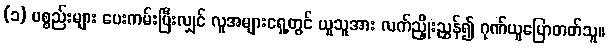
(၁) ပစ္စည်းများ ပေးကမ်းပြီးလျှင် လူအများရှေ့တွင် ယူသူအား လက်ညှိုးညွှန်၍ ဂုဏ်ယူပြောတတ်သူ။